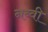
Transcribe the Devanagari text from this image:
नब्वी